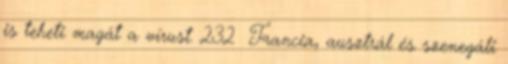
is teheti magát a vírust. 232 Francia, ausztrál és szenegáli